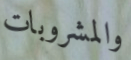
والمشروبات